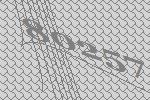
80257